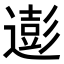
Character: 𮟊